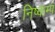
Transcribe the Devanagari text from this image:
निष्कम्प